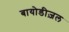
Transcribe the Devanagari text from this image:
बायोडीज़ल